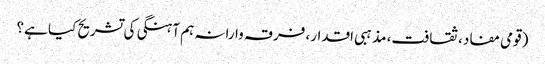
(قومی مفاد، ثقافت، مذہبی اقدار، فرقہ وارانہ ہم آہنگی کی تشریح کیا ہے؟